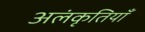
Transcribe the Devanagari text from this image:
अलंकृतियाँ